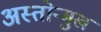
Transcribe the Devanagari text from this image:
अस्तोन्मुख